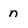
Character: n